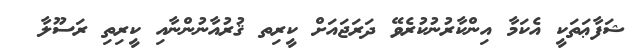
ޝަފާޢަތަކީ އެކަމާ އިންކާރުނުކުރެވޭ ދަރަޖައަށް ކީރިތ ޤުރުއާނުންނާއި ކީރިތި ރަސޫލާ